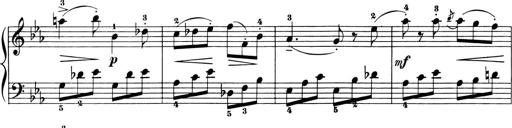
Title: 6 Piano Sonatinas
Composer: Cornelius Gurlitt